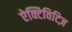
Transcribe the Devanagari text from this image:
ऐक्टिविटिज़